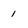
Character: 1